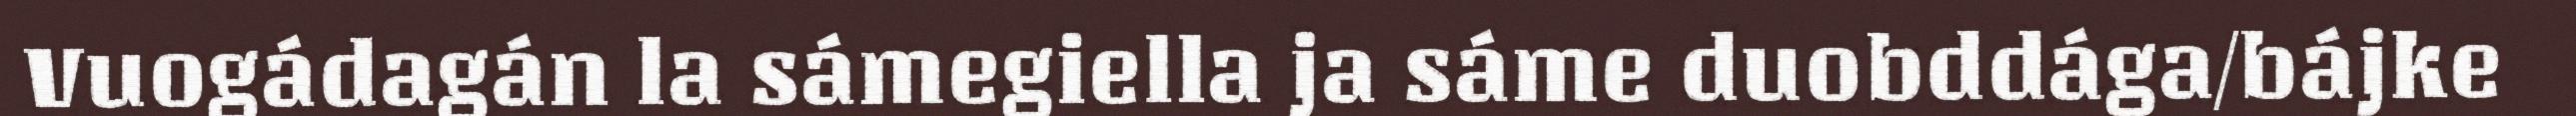
Vuogádagán la sámegiella ja sáme duobddága/bájke